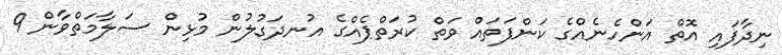
ނިދާފައި އޮތް އަންހެނެއްގެ ކަންފަތައް ވަތް ކުރަތްޕެއްގެ އުނދަގުލުން މުޅިން ސަލާމަތްވާން 9